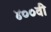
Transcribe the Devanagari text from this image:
४००वी